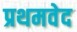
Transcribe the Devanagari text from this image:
प्रथमवेद